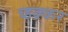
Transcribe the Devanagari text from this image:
च्हक्कर